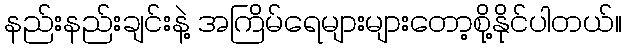
နည်းနည်းချင်းနဲ့ အကြိမ်ရေများများတော့စို့နိုင်ပါတယ်။